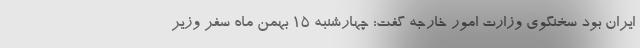
ایران بود سخنگوی وزارت امور خارجه گفت: چهارشنبه ۱۵ بهمن ماه سفر وزیر